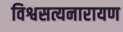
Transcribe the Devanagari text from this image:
विश्वसत्यनारायण